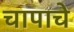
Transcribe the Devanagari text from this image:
चापाचे